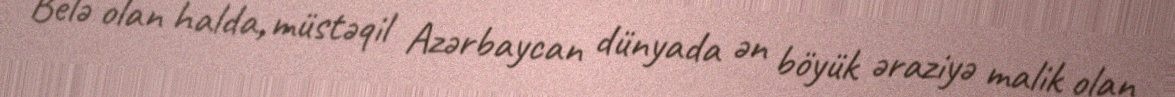
Belə olan halda, müstəqil Azərbaycan dünyada ən böyük əraziyə malik olan